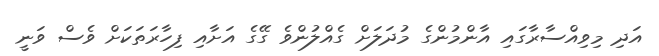
އަދި މިވިއްސާރާގައި އާންމުންގެ މުދަލަށް ގެއްލުންވެ ގޭގެ އަށާއި ފިހާރަތަކަށް ވެސް ވަނީ